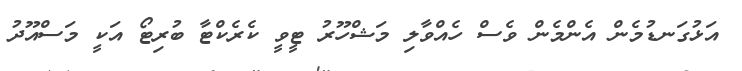
އަޅުގަނޑުމެން އެންމެން ވެސް ހެއްވާލި މަޝްހޫރު ޓީވީ ކެރެކްޓާ ބުރިޓޯ އަކީ މަސްއޫދު